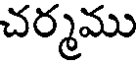
చర్మము